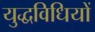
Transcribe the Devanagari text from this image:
युद्धविधियों